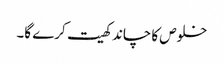
خلوص کا چاند کھیت کرے گا۔